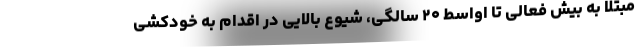
مبتلا به بیش فعالی تا اواسط ۲۰ سالگی، شیوع بالایی در اقدام به خودکشی